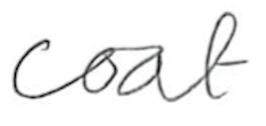
Text: coat
Cross-out: clean
Writing tool: pencil